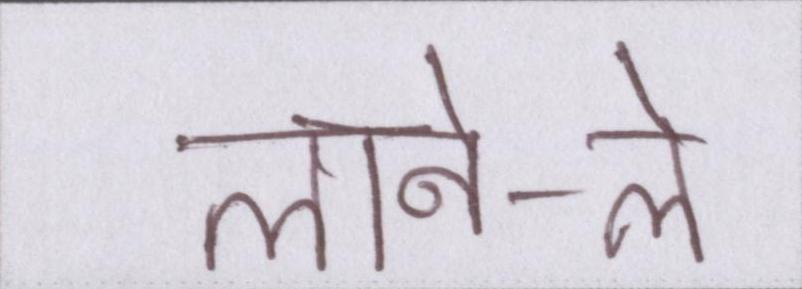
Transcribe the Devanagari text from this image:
लाने-ले